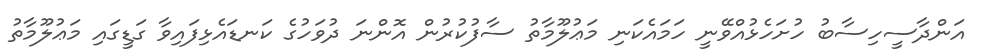
އަންދާސީހިސާބު ހުށަހެޅުއްވޭނީ ހަމައެކަނި މަޢުލޫމާތު ސާފުކުރުން އޮންނަ ދުވަހުގެ ކަނޑައެޅިފައިވާ ގަޑީގައި މަޢުލޫމާތު